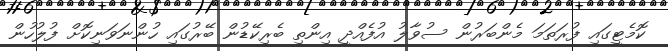
ކޮމެޓީގައި ފުރަތަމަ މެންބަރުން ސުވާލު އުފެއްދީ އިންތި ބެރިކޭޑުން ބޭރުގައި ހުންނަވަނިކޮށް ފުލުހުން